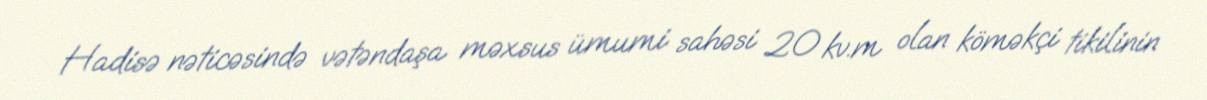
Hadisə nəticəsində vətəndaşa məxsus ümumi sahəsi 20 kv.m olan köməkçi tikilinin